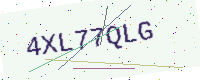
Text: 4XL77QLG